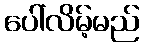
ပေါ်လိမ့်မည်